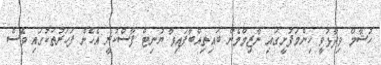
ހުޝާމް ވިދާޅުވީ ހިންމަފުށީގައި ނާޒިމްމެން ބައިތިއްބާފައިވާ ޔުނިޓް ފާސްކުރީ އެހެން ފަހަރުތަކުގައި ވެސް